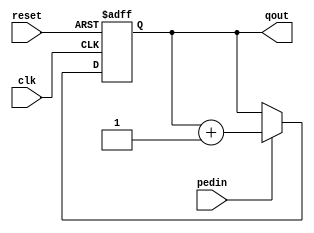
`timescale 1ns / 1ps
/*
    Trevor Scott   
* Filename: Design file  
* Version: 1.3 
*/
//a loadable 32 counter
module counter32(reset, clk, pedin, qout);
input reset, clk, pedin;
output reg [31:0] qout;
always@(posedge clk, posedge reset)
if(reset) qout<= 32'b0;else 
if(pedin) qout<= qout + 32'b1;
endmodule